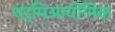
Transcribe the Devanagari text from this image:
थर्मिआयोनिक